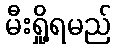
မီးရှို့ရမည်